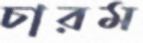
চারম